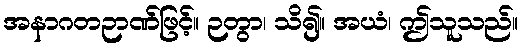
အနာဂတဉာဏ်ဖြင့်။ ဉတွာ၊ သိ၍။ အယံ၊ ဤသူသည်။